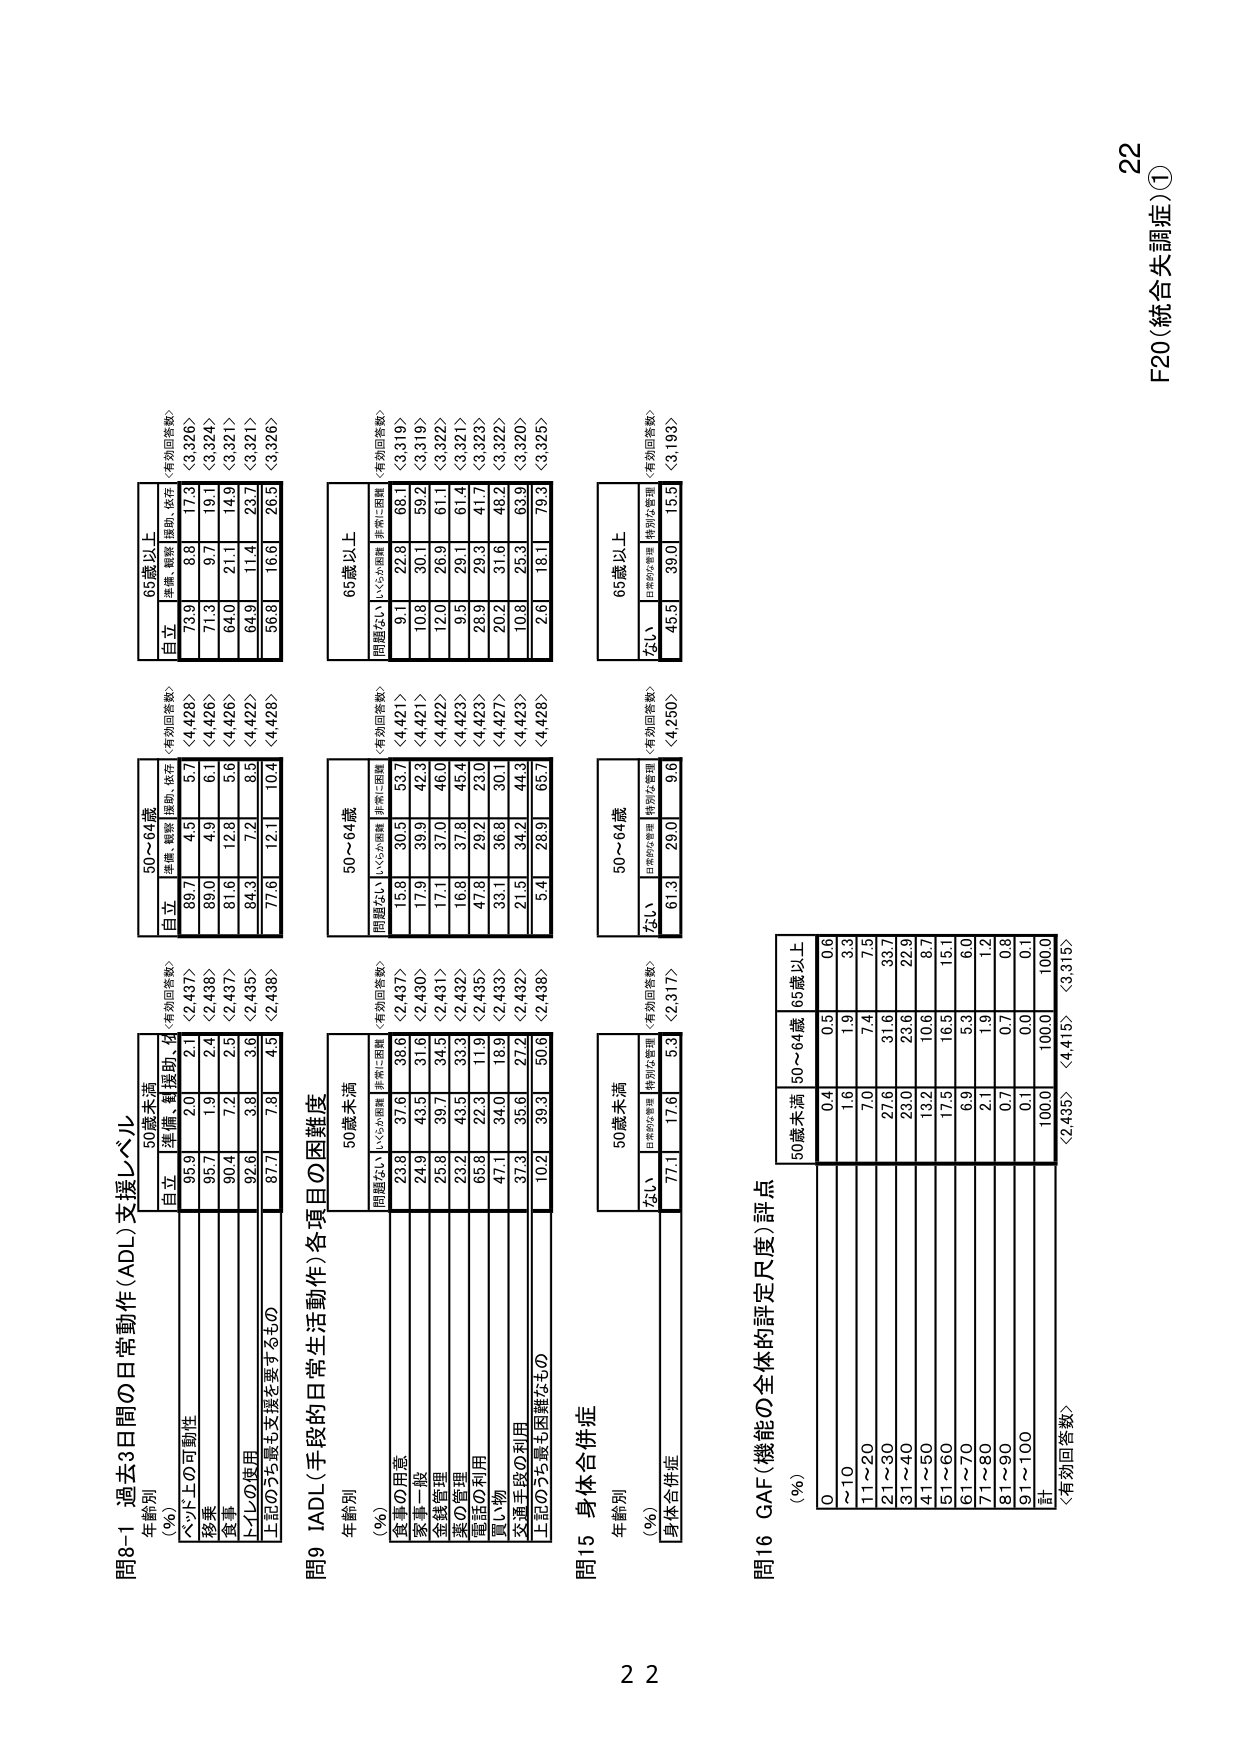
問8-1 過去3日間の日常動作（ADL）支援レベル
年齢別
（％）
50歳未満
自立 95.9 2.0 2.1
＜有効回答数＞〈2,437〉
従属、軽度助 95.7 1.9 2.4
＜2,438＞
移乗 90.4 7.2 2.5
＜2,437＞
食事 92.6 3.8 3.6
＜2,435＞
トイレの使用 87.7 7.8 4.5
＜2,438＞
上記のうち最も支援を要するもの
50～64歳
自立 89.7 4.5 5.7
＜4,428＞
従属、軽度助 89.0 4.9 6.1
＜4,426＞
移乗 81.6 12.8 5.6
＜4,426＞
食事 84.3 7.2 8.5
＜4,422＞
トイレの使用 77.6 12.1 10.4
＜4,428＞
65歳以上
自立 73.9 8.8 17.3
＜3,326＞
従属、軽度助 71.3 9.7 19.1
＜3,324＞
移乗 64.0 21.1 14.9
＜3,321＞
食事 64.9 11.4 23.7
＜3,321＞
トイレの使用 56.8 16.6 26.5
＜3,326＞

問9 IADL（手段的日常生活動作）各項目の困難度
年齢別
（％）
50歳未満
問題なし 23.8 37.6 38.6
＜有効回答数＞〈2,437〉
いくらか困難 24.9 43.5 31.6
＜2,430＞
非常に困難 25.8 39.7 34.5
＜2,431＞
食事の用意 23.2 43.5 33.3
＜2,432＞
家事一般 63.8 22.3 11.9
＜2,435＞
金銭管理 47.1 34.0 18.9
＜2,433＞
薬の管理 37.3 35.6 27.2
＜2,432＞
電話の利用 10.2 39.3 50.6
＜2,438＞
上記のうち最も困難なもの
50～64歳
問題なし 15.8 30.5 53.7
＜4,421＞
いくらか困難 17.9 39.9 42.3
＜4,421＞
非常に困難 17.1 37.0 46.0
＜4,422＞
食事の用意 16.8 37.8 45.4
＜4,423＞
家事一般 47.8 29.2 23.0
＜4,423＞
金銭管理 33.1 36.8 30.1
＜4,427＞
薬の管理 21.5 34.2 44.3
＜4,423＞
電話の利用 5.4 28.9 65.7
＜4,428＞
65歳以上
問題なし 9.1 22.8 68.1
＜3,319＞
いくらか困難 10.8 30.1 59.2
＜3,319＞
非常に困難 12.0 26.9 61.1
＜3,322＞
食事の用意 9.5 29.1 61.4
＜3,321＞
家事一般 28.9 29.3 41.7
＜3,323＞
金銭管理 20.2 31.6 48.2
＜3,322＞
薬の管理 10.8 25.3 63.9
＜3,320＞
電話の利用 2.6 18.1 79.3
＜3,325＞

問15 身体合併症
年齢別
（％）
50歳未満
なし 77.1 17.6 5.3
＜有効回答数＞〈2,317〉
日中の発作 61.3 29.0 9.6
＜4,250＞
特別な管理 50～64歳
なし 45.5 39.0 15.5
＜3,193＞
日中の発作 65歳以上
特別な管理

問16 GAF（機能の全体的評定尺度）評点
（％）
50歳未満 50～64歳 65歳以上
0 0.4 0.5 0.6
～10 1.6 1.9 3.3
11～20 7.0 7.4 7.5
21～30 27.6 31.6 33.7
31～40 23.0 23.6 22.3
41～50 13.2 10.6 8.7
51～60 17.5 16.5 15.1
61～70 6.9 5.3 6.0
71～80 2.1 1.9 1.2
81～90 0.7 0.7 0.8
91～100 0.1 0.0 0.1
計 100.0 100.0 100.0
＜有効回答数＞〈2,435〉〈4,415〉〈3,315〉

22
F20（統合失調症）①